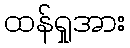
ထန်ရှုအား